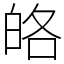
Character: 𤽥